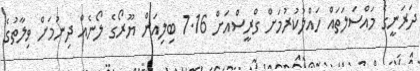
ދަރަނީގެ މައްސަލަތައް ހައްލުކުރުމަށް ގްރީސްއަށް 7.16 ބިލިއަން ޔޫރޯގެ ލޯނެއް ދިނުމަށް ވިލާތުގެ